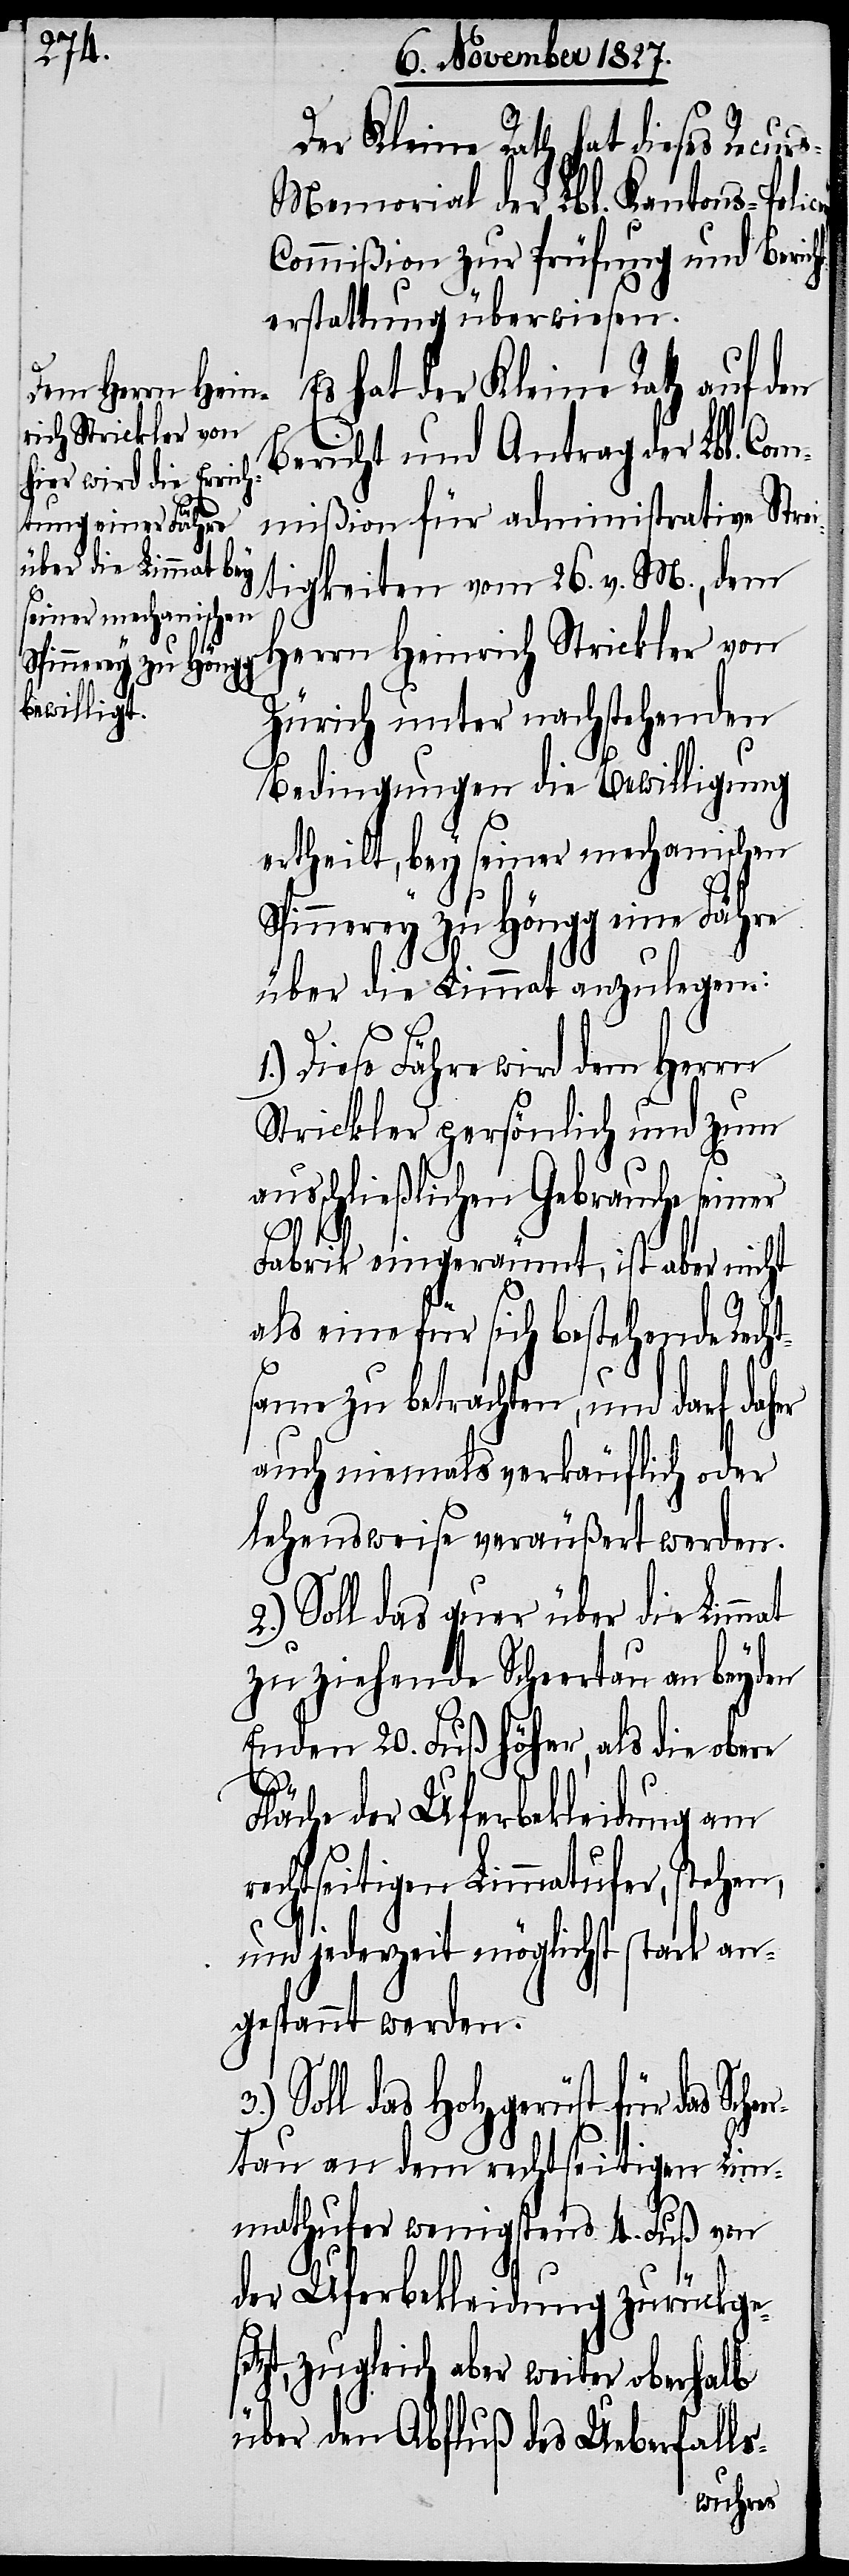
Der Kleine Rath hat dieses Recur¬
s-Memorial der Lbl. Kantons-Poli¬
y-Commißion zur Prüfung und Berich¬
terstattung überwiesen.
Es hat der Kleine Rath auf den
Bericht und Antrag der Lbl. Com¬
mißion für administrative Strei¬
tigkeiten vom 26. v. M., dem
Herrn Heinrich Strickler von
Zürich unter nachstehenden
Bedingungen die Bewilligung
ertheilt, bey seiner mechanischen
Spinnerey zu Höngg eine Fähre
über die Limmat anzulegen:
1.)
Diese Fähre wird dem Herrn
Strickler persönlich und zum
ausschließlichen Gebrauche seiner
Fabrik eingeräumt, ist aber nicht
als eine für sich bestehende Rech¬
t¬
same zu betrachten, und darf daher
auch niemals verkäuflich oder
lehensweise veräußert werden.
2.) Soll das quer über die Limmat
zu ziehende Scheertau an beyden
Enden 20. Fuß höher, als die obere
ce¬
Fläche der Uferbekleidung am
rechtseitigen Limmatufer, stehen,
und jederzeit möglichst stark an¬
gespannt werden.
Soll das Holzgerüst für das
tau an dem rechtseitigen Lim¬
mathufer wenigstens 4. Fuß von
der Uferbekleidung zurückges¬
etzt, zugleich aber weiter oberhalb
über den Abfluß des Ueberfalls-
Scheer¬